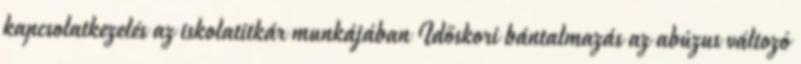
kapcsolatkezelés az iskolatitkár munkájában Időskori bántalmazás az abúzus változó